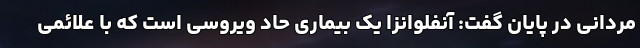
مردانی در پایان گفت: آنفلوانزا یک بیماری حاد ویروسی است که با علائمی